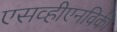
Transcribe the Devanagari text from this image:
एसव्हीएनविकी